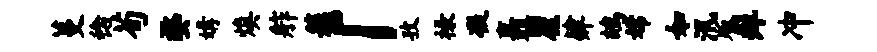
蔓稔荀婺媾焕舴簇「孜禄凝矗瞿肄鸪嫦如汛版痒冲